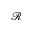
\mathcal { R }